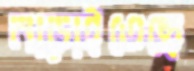
নাড়াইতেছে